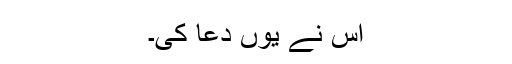
اس نے یوں دعا کی۔